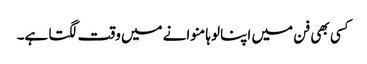
کسی بھی فن میں اپنا لوہا منوانے میں وقت لگتا ہے۔